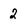
Character: 2